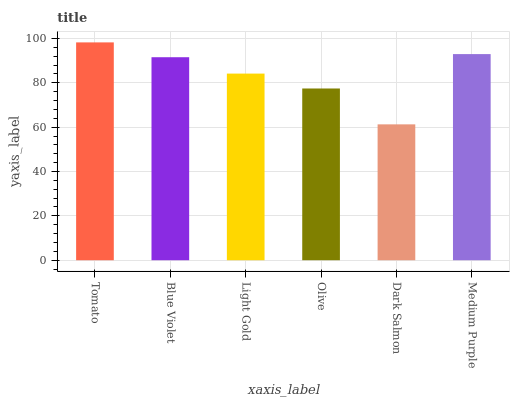
| xaxis_label | bars |
 | --- | --- |
 | Tomato | 98.2 |
 | Blue Violet | 91.5 |
 | Light Gold | 84.1 |
 | Olive | 77.4 |
 | Dark Salmon | 61.3 |
 | Medium Purple | 92.9 |